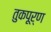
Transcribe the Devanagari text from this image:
तुकपूर्ण